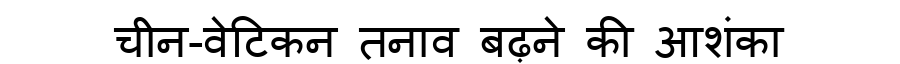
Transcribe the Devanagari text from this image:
चीन-वेटिकन तनाव बढ़ने की आशंका